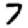
Digit: 7